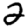
Digit: 2